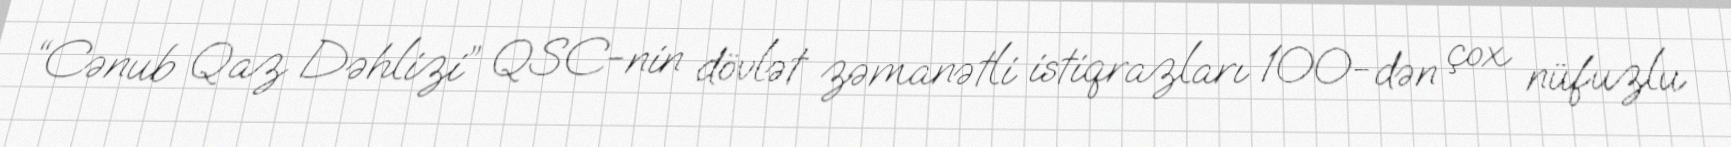
“Cənub Qaz Dəhlizi” QSC-nin dövlət zəmanətli istiqrazları 100-dən çox nüfuzlu